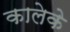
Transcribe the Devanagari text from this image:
कालेके